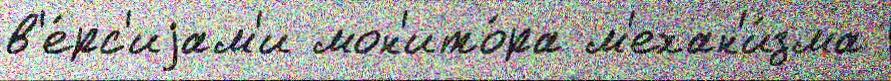
в'е́рс'иjам'и мон'ито́ра м'ехан'и́зма